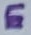
Text: E